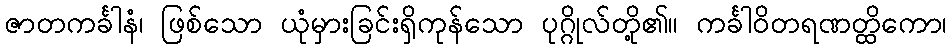
ဇာတကင်္ခါနံ၊ ဖြစ်သော ယုံမှားခြင်းရှိကုန်သော ပုဂ္ဂိုလ်တို့၏။ ကင်္ခါဝိတရဏတ္ထိကော၊